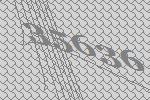
35636